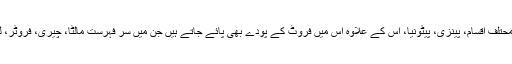
اس کے مطابق اس خوبصورت باغ میں گلاب، جلیبن، ڈاگ فلاؤر کے محتلف اقسام، پینزی، پیٹونیا، اس کے علاوہ اس میں فروٹ کے پودے بھی پائے جاتے ہیں جن میں سر فہرست مالٹا، چیری، فروٹر، لیمو، ناشپاتی اور دیگر کئی قسم کے پھلدار درخت بھی پائے جاتے ہیں۔